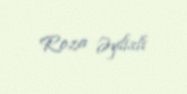
Roza Əylisli